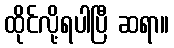
ထိုင်လို့ရပါပြီ ဆရာ။